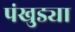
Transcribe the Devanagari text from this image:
पंखुड्या